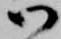
御